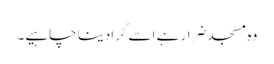
وہ مسجد ضرار ہے اسے گرادینا چاہیے۔